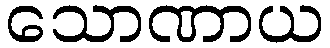
သောဏာယ